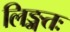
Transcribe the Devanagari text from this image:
लिङ्गतः